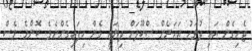
ޖެހިގެން އައި ދުވަހު އަހަރެން ސްކޫލަށް ދިޔައީ ޅެން ހިފައިގެންނެވެ. ކޮންމެ ވެސް